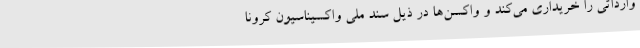
وارداتی را خریداری می‌کند و واکسن‌ها در ذیل سند ملی واکسیناسیون کرونا